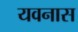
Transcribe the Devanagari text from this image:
यवनास